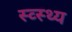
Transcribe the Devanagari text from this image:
स्व्स्थ्य